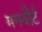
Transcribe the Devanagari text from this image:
मगवौर्ट